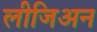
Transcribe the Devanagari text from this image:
लीजिअन